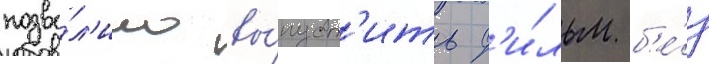
позво́л'ило вы́пуст'ить ф'и́льм б'е́з